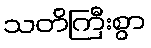
သတိကြီးစွာ